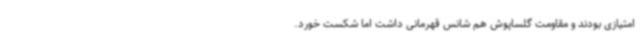
امتیازی بودند و مقاومت گلساپوش هم شانس قهرمانی داشت اما شکست خورد.